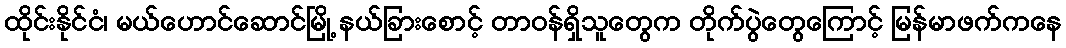
ထိုင်းနိုင်ငံ၊ မယ်ဟောင်ဆောင်မြို့ နယ်ခြားစောင့် တာဝန်ရှိသူတွေက တိုက်ပွဲတွေကြောင့် မြန်မာဖက်ကနေ